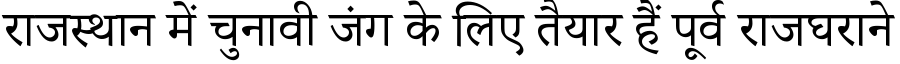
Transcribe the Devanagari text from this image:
राजस्थान में चुनावी जंग के लिए तैयार हैं पूर्व राजघराने